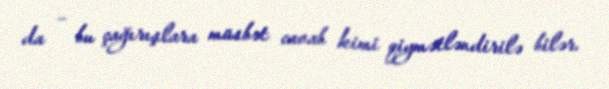
da – bu çağırışlara müsbət cavab kimi qiymətləndirilə bilər.